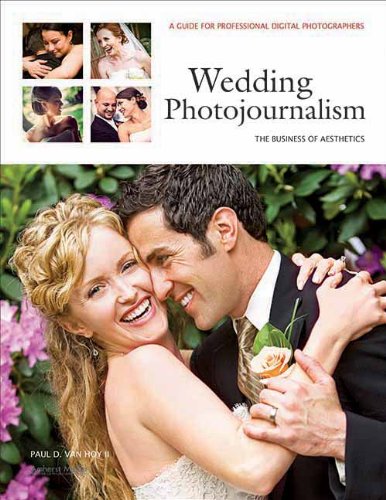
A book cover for Wedding Photojournalism: The Business of Aesthetics: A Guide for Professional Digital Photographers; Paul D Van Hoy; Crafts, Hobbies & Home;